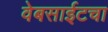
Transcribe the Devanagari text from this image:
वेबसाईटचा